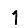
Digit: 1